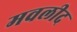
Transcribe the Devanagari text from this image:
मवलीद